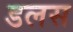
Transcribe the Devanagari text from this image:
डलस